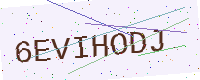
Text: 6EVIHODJ